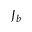
J _ { b }